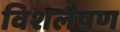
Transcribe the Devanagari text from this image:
विशलैषण